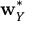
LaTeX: \mathbf { w } _ { Y } ^ { * }